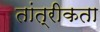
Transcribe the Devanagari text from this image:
तांत्रीकता